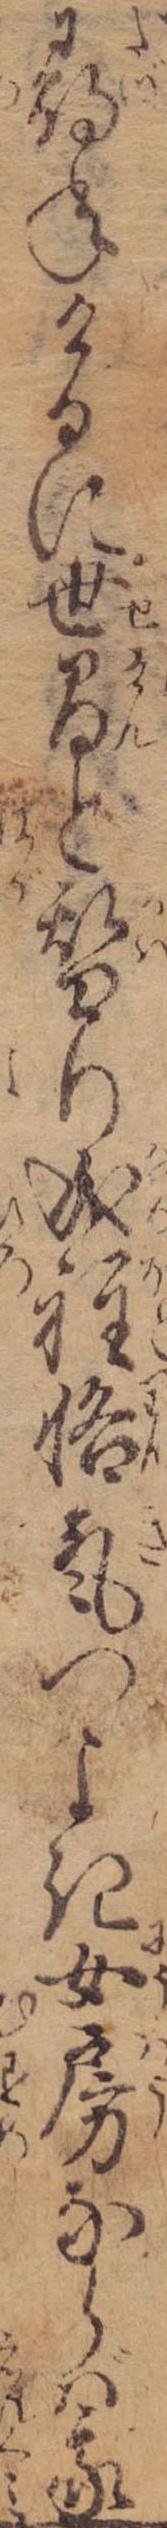
尋ねけるに世間と替り成程悋気つよき女房ならば我